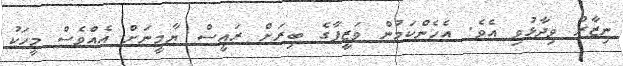
ނިޒާރު ވިދާޅުވި އެވެ. އެހެންކަމުން ވަޒީފާގެ ބިރަށް ރައީސް ޔާމީނަށް އެއްވެސް މީހަކު